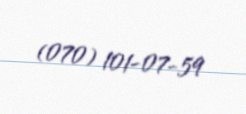
(070) 101-07-59